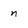
Character: n